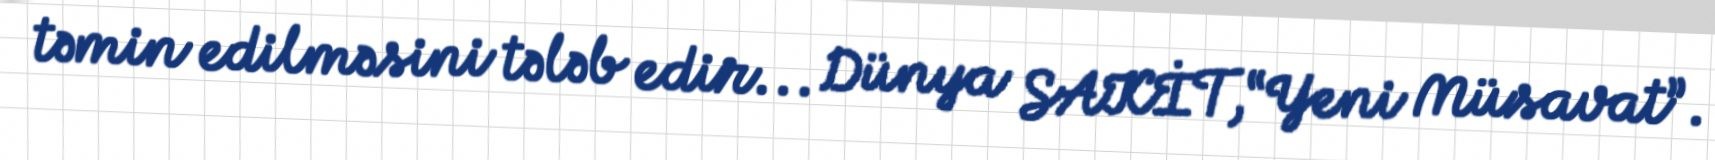
təmin edilməsini tələb edir... Dünya SAKİT,“Yeni Müsavat”.